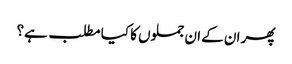
پھر ان کے ان جملوں کا کیا مطلب ہے؟